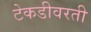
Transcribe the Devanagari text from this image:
टेकडीवरती